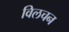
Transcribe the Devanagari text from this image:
विलचन